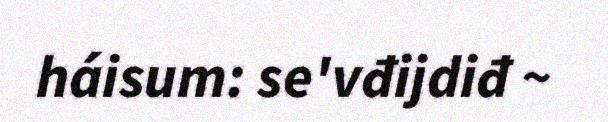
háisum: se'vđijdiđ ~